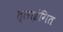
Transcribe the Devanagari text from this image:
त्लाइंगित